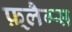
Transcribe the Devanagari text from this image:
फ़्लैग्स